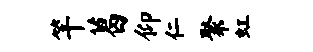
竿葛仰仁聚虹